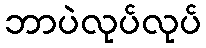
ဘာပဲလုပ်လုပ်